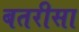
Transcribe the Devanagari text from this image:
बतरीसा